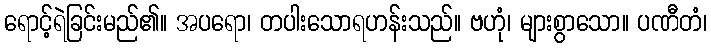
ရောင့်ရဲခြင်းမည်၏။ အပရော၊ တပါးသောရဟန်းသည်။ ဗဟုံ၊ များစွာသော။ ပဏီတံ၊